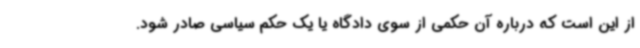
از این است که درباره آن حکمی از سوی دادگاه یا یک حکم سیاسی صادر شود.